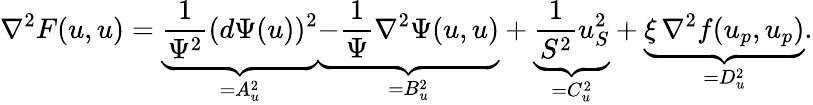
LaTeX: \nabla^{2}F(u,u)=\underbrace{\frac{1}{\Psi^{2}}(d\Psi(u))^{2}}_{=A_{u}^{2}}\underbrace{-\frac{1}{\Psi}\nabla^{2}\Psi(u,u)}_{=B_{u}^{2}}+\underbrace{\frac{1}{S^{2}}u_{S}^{2}}_{=C_{u}^{2}}+\underbrace{\xi\, \nabla^{2}f(u_{p},u_{p})}_{=D_{u}^{2}}.